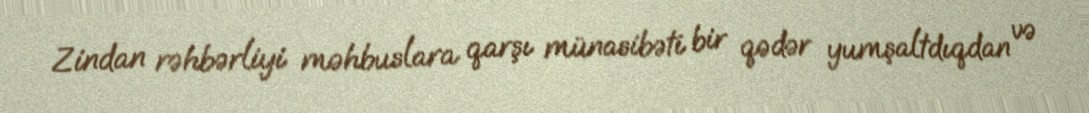
Zindan rəhbərliyi məhbuslara qarşı münasibəti bir qədər yumşaltdıqdan və